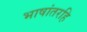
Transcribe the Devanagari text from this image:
भाषांतरहि